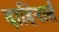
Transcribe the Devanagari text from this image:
दाहिनार्त